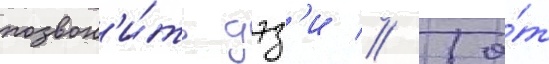
позвон'и́ть дэз'и // То́т